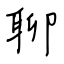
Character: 聊